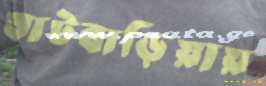
ষাটবাড়িয়ায়